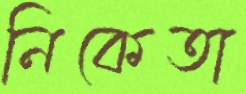
নিকেতা